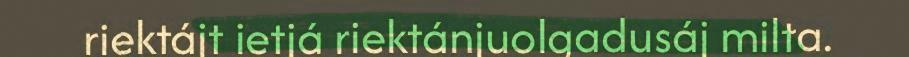
riektájt ietjá riektánjuolgadusáj milta.